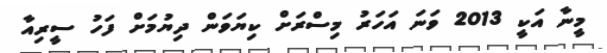
މީނާ އަކީ 2013 ވަނަ އަހަރު މިސްރަށް ކިޔަވަން ދިޔުމަށް ފަހު ސީރިއާ